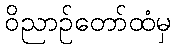
ဝိညာဉ်တော်ထံမှ